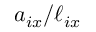
a _ { i x } / \ell _ { i x }